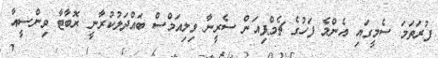
ފުރަތަމަ ސެމީގައި އެންމެ ފަހުގެ ޗެމްޕިއަން ސެރީނާ ވިލިއަމްސް ބައްދަލުކުރާނީ ރޮބާޓާ ވިންސީއާ